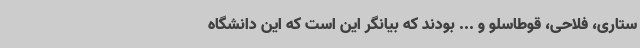
ستاری، فلاحی، قوطاسلو و ... بودند که بیانگر این است که این دانشگاه